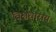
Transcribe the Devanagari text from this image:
विश्वधाराय